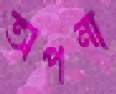
অপনা